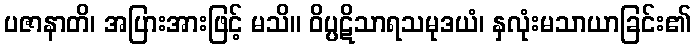
ပဇာနာတိ၊ အပြားအားဖြင့် မသိ။ ဝိပ္ပဋိသာရသမုဒယံ၊ နှလုံးမသာယာခြင်း၏